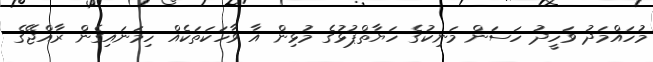
މުހައްމަދު ވަހީދު ހަސަން މަނިކުގެ ހަޔާތްޕުޅުގެ މުޅިން އާ ވާހަކަތަކެއް ހިމަނައިގެން ރާއްޖޭގެ